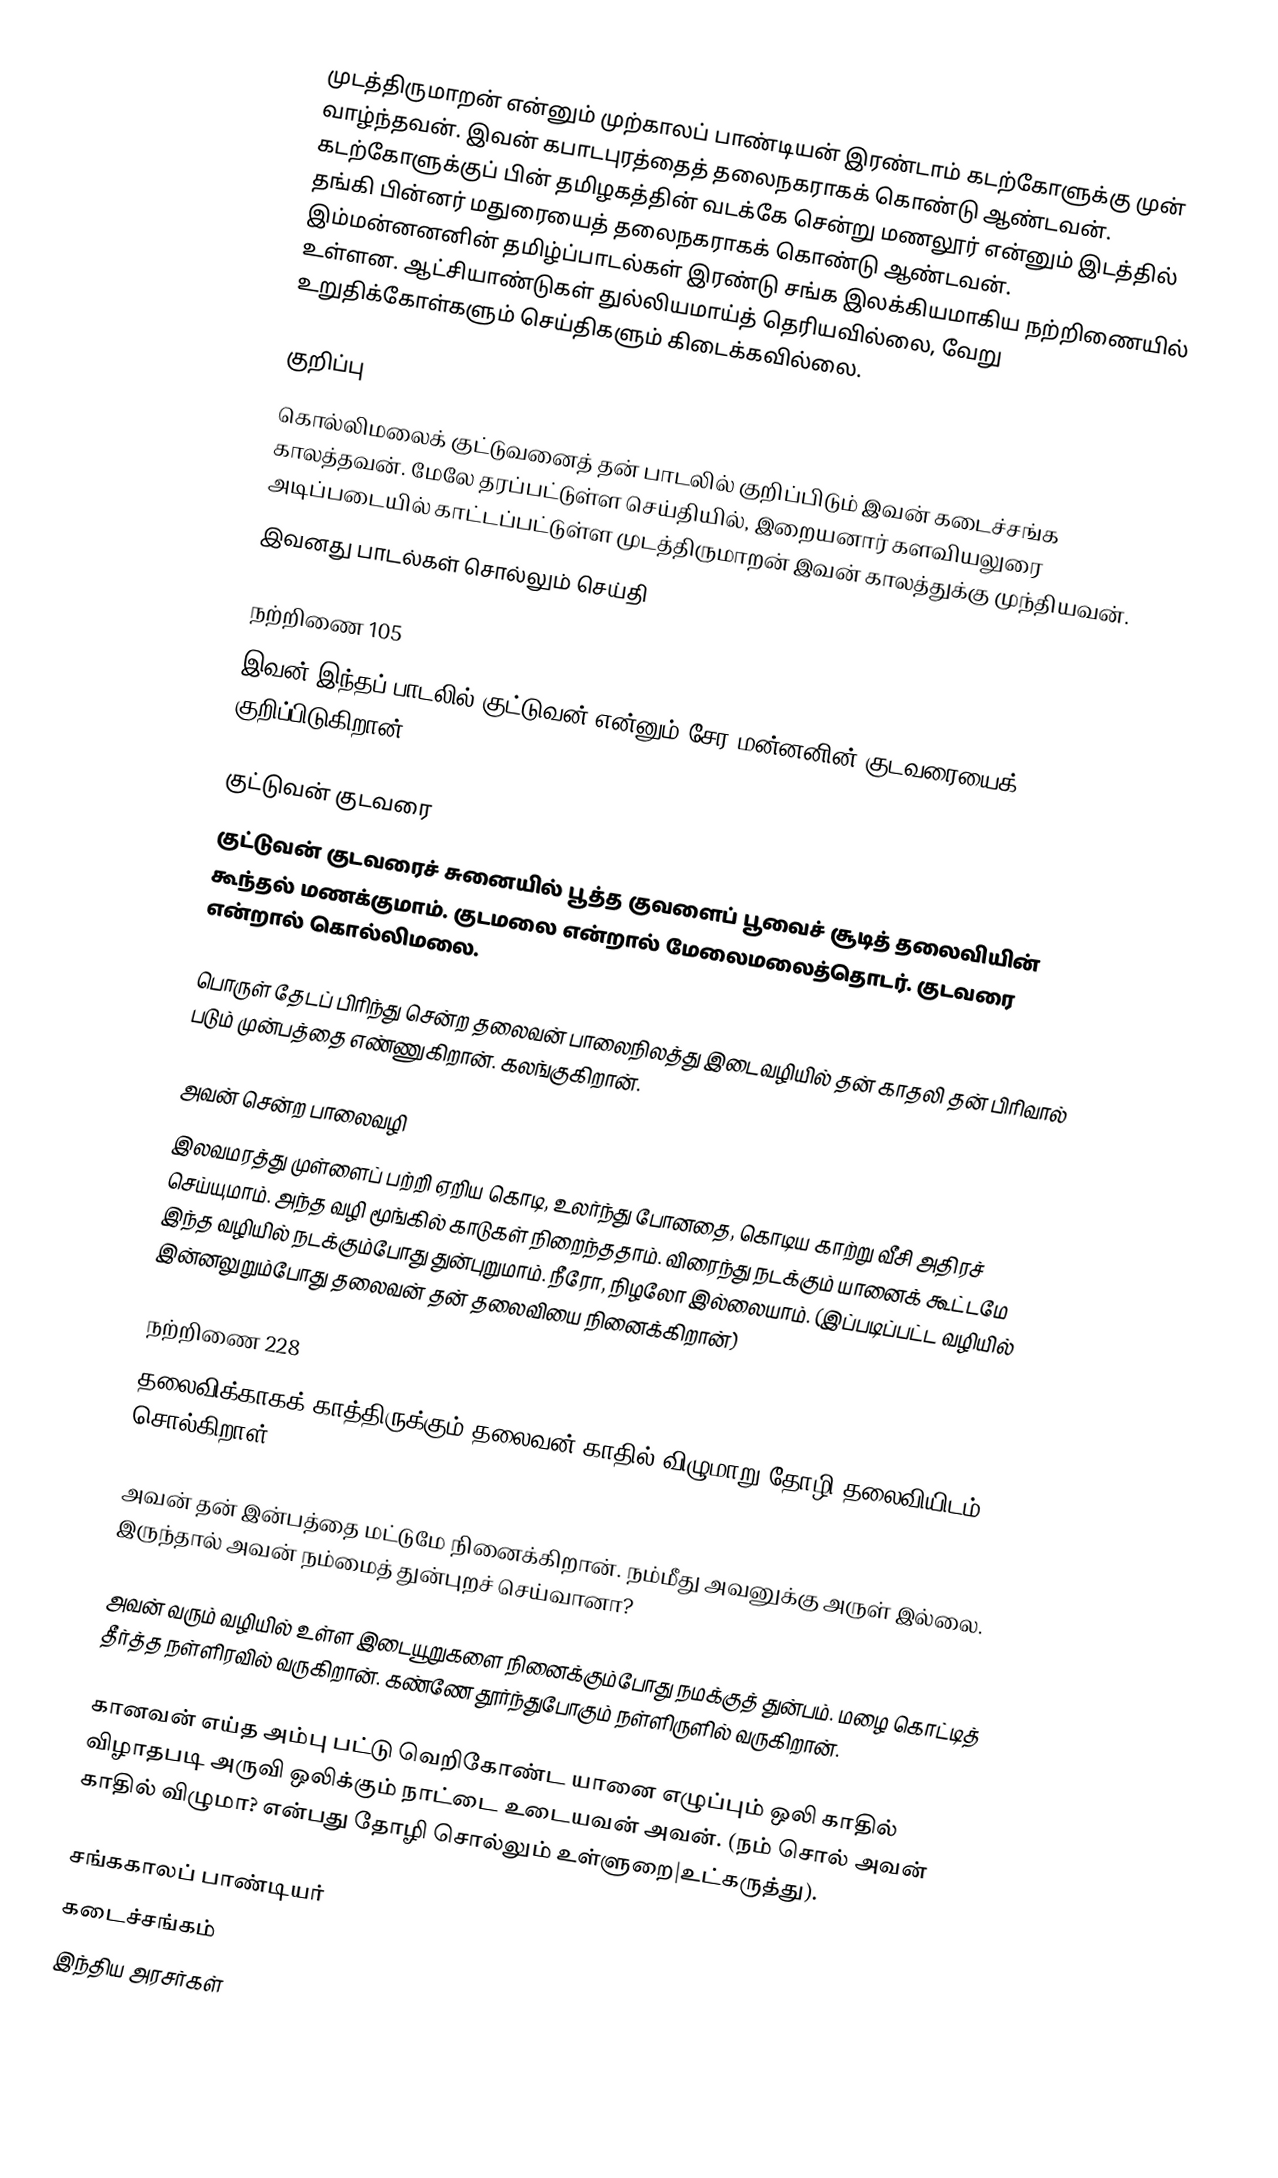
முடத்திருமாறன் என்னும் முற்காலப் பாண்டியன் இரண்டாம் கடற்கோளுக்கு முன் வாழ்ந்தவன். இவன் கபாடபுரத்தைத் தலைநகராகக் கொண்டு ஆண்டவன். கடற்கோளுக்குப் பின் தமிழகத்தின் வடக்கே சென்று மணலூர் என்னும் இடத்தில் தங்கி பின்னர் மதுரையைத் தலைநகராகக் கொண்டு ஆண்டவன். இம்மன்னனனின் தமிழ்ப்பாடல்கள் இரண்டு சங்க இலக்கியமாகிய நற்றிணையில் உள்ளன. ஆட்சியாண்டுகள் துல்லியமாய்த் தெரியவில்லை, வேறு உறுதிக்கோள்களும் செய்திகளும் கிடைக்கவில்லை.

 குறிப்பு
கொல்லிமலைக் குட்டுவனைத் தன் பாடலில் குறிப்பிடும் இவன் கடைச்சங்க காலத்தவன். மேலே தரப்பட்டுள்ள செய்தியில், இறையனார் களவியலுரை அடிப்படையில் காட்டப்பட்டுள்ள முடத்திருமாறன் இவன் காலத்துக்கு முந்தியவன்.
இவனது பாடல்கள் சொல்லும் செய்தி

நற்றிணை 105
இவன் இந்தப் பாடலில் குட்டுவன் என்னும் சேர மன்னனின் குடவரையைக் குறிப்பிடுகிறான்.

குட்டுவன் குடவரை
குட்டுவன் குடவரைச் சுனையில் பூத்த குவளைப் பூவைச் சூடித் தலைவியின் கூந்தல் மணக்குமாம். குடமலை என்றால் மேலைமலைத்தொடர். குடவரை என்றால் கொல்லிமலை.

பொருள் தேடப் பிரிந்து சென்ற தலைவன் பாலைநிலத்து இடைவழியில் தன் காதலி தன் பிரிவால் படும் முன்பத்தை எண்ணுகிறான். கலங்குகிறான்.

அவன் சென்ற பாலைவழி
இலவமரத்து முள்ளைப் பற்றி ஏறிய கொடி, உலர்ந்து போனதை, கொடிய காற்று வீசி அதிரச் செய்யுமாம். அந்த வழி மூங்கில் காடுகள் நிறைந்ததாம். விரைந்து நடக்கும் யானைக் கூட்டமே இந்த வழியில் நடக்கும்போது துன்புறுமாம். நீரோ, நிழலோ இல்லையாம். (இப்படிப்பட்ட வழியில் இன்னலுறும்போது தலைவன் தன் தலைவியை நினைக்கிறான்)

நற்றிணை 228
தலைவிக்காகக் காத்திருக்கும் தலைவன் காதில் விழுமாறு தோழி தலைவியிடம் சொல்கிறாள்.

அவன் தன் இன்பத்தை மட்டுமே நினைக்கிறான். நம்மீது அவனுக்கு அருள் இல்லை. இருந்தால் அவன் நம்மைத் துன்புறச் செய்வானா?

அவன் வரும் வழியில் உள்ள இடையூறுகளை நினைக்கும்போது நமக்குத் துன்பம். மழை கொட்டித் தீர்த்த நள்ளிரவில் வருகிறான். கண்ணே தூர்ந்துபோகும் நள்ளிருளில் வருகிறான்.

கானவன் எய்த அம்பு பட்டு வெறிகோண்ட யானை எழுப்பும் ஒலி காதில் விழாதபடி அருவி ஒலிக்கும் நாட்டை உடையவன் அவன். (நம் சொல் அவன் காதில் விழுமா? என்பது தோழி சொல்லும் உள்ளுறை|உட்கருத்து).

சங்ககாலப் பாண்டியர்
கடைச்சங்கம்
இந்திய அரசர்கள்